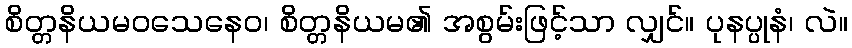
စိတ္တနိယမဝသေနေဝ၊ စိတ္တနိယမ၏ အစွမ်းဖြင့်သာ လျှင်။ ပုနပ္ပုနံ၊ လဲ။